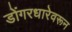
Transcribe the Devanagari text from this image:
डोंगरधारेवरून